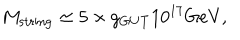
LaTeX: M _ { \mathrm { s t r i n g } } \simeq 5 \times g _ { \mathrm { G U T } } 1 0 ^ { 1 7 } \mathrm { G e V } ,